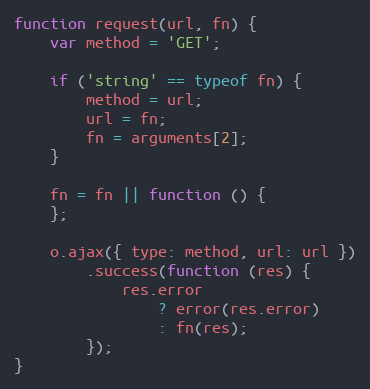
Language: JavaScript
function request(url, fn) {
    var method = 'GET';

    if ('string' == typeof fn) {
        method = url;
        url = fn;
        fn = arguments[2];
    }

    fn = fn || function () {
    };

    o.ajax({ type: method, url: url })
        .success(function (res) {
            res.error
                ? error(res.error)
                : fn(res);
        });
}